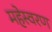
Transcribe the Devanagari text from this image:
महेस्वरण